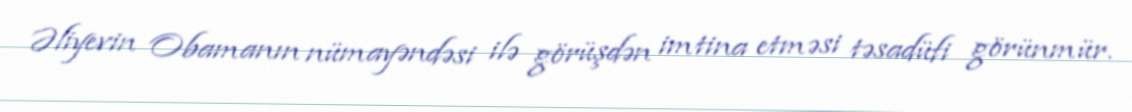
Əliyevin Obamanın nümayəndəsi ilə görüşdən imtina etməsi təsadüfi görünmür.